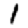
Digit: 1